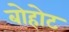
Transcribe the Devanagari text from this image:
बोहोट